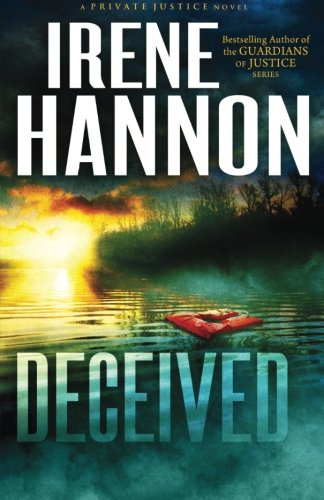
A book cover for Deceived: A Novel (Private Justice) (Volume 3); Irene Hannon; Romance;